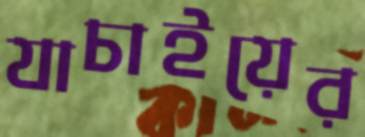
যাচাইয়ের